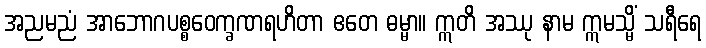
အညမညံ အာဘောဂပစ္စဝေက္ခဏရဟိတာ ဧတေ ဓမ္မာ။ ဣတိ အဿု နာမ ဣမသ္မိံ သရီရေ